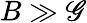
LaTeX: B\gg\mathscr{G}